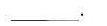
___。